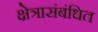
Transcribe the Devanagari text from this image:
क्षेत्रासंबंधित